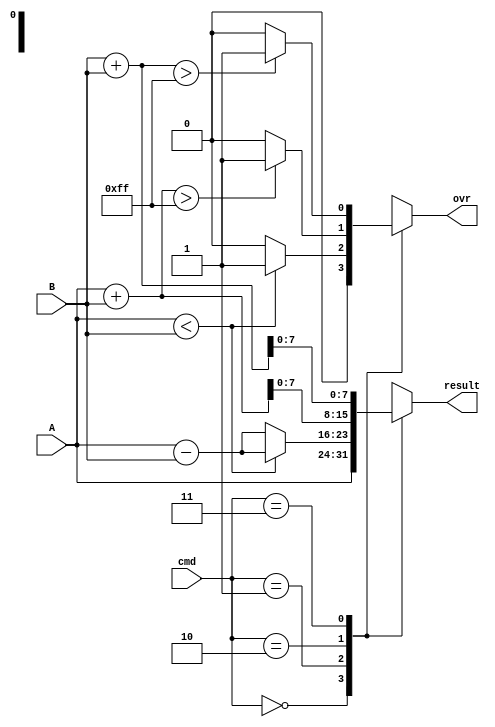
module ALU(A,B,result,ovr,cmd); 
	output reg [7:0] result;
	output reg ovr;
	input wire [7:0] A;
	input wire [7:0] B;
	input wire [1:0] cmd;
	reg [8:0] R1;
	always @(*)
	begin
	    R1 = 0;
	    ovr = 0;
	    case(cmd)
              0: result = A;
              1: begin
			if(A < B)
				begin 
					ovr = 1;
					R1[8] = 1;
					R1[7:0] = A[7:0];
					result = R1 - B;
				end
			else
				result = A - B;	
					
				  					
		  end
              2: begin
		 	R1 = A + B;
		 	if(R1 > 255)
		 		ovr = 1;
		 	result[7:0] = R1[7:0];
		 end  
              3: begin
		 	R1 = B + B;
		 	if(R1 > 255)
		 		ovr = 1;
		 	result[7:0] = R1[7:0];
		 end
              default: result = 0;
            endcase
        end

	 
endmodule